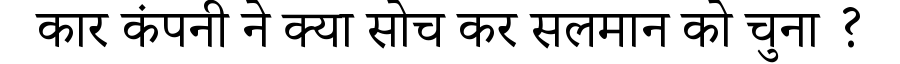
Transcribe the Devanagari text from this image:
कार कंपनी ने क्या सोच कर सलमान को चुना ?